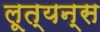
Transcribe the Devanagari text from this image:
लूत्यन्स